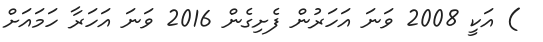
) އަކީ 2008 ވަނަ އަހަރުން ފެށިގެން 2016 ވަނަ އަހަރާ ހަމައަށް